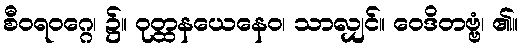
စီဝရဝဂ္ဂေ၊ ၌။ ဝုတ္ထနယေနေဝ၊ သာလျှင်။ ဝေဒိတဗ္ဗံ၊ ၏။